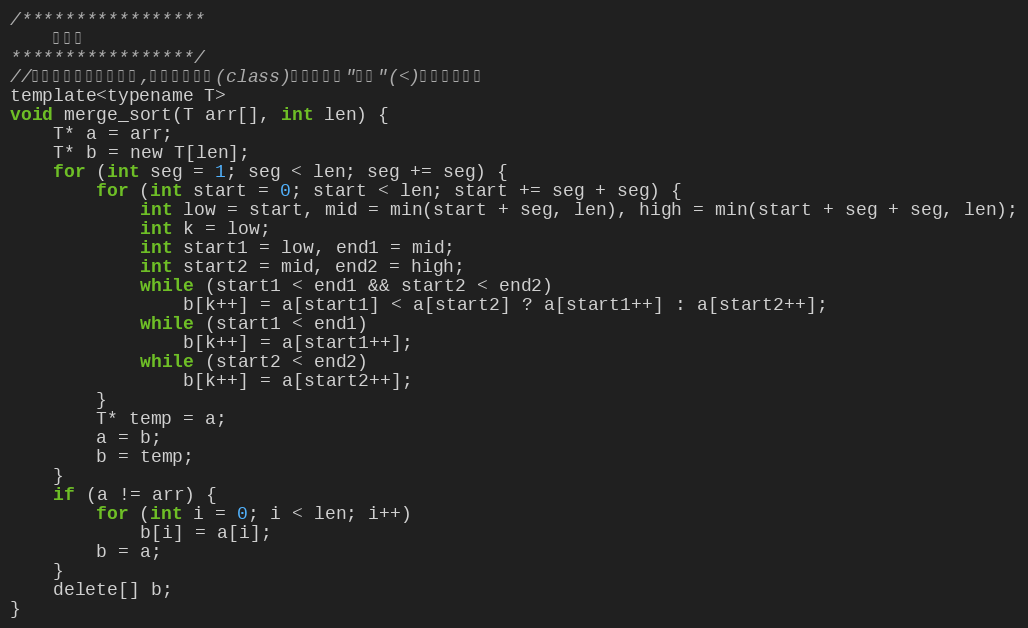
Language: C
/*****************
    迭代版
*****************/
//整數或浮點數皆可使用,若要使用物件(class)時必須設定"小於"(<)的運算子功能
template<typename T>
void merge_sort(T arr[], int len) {
	T* a = arr;
	T* b = new T[len];
	for (int seg = 1; seg < len; seg += seg) {
		for (int start = 0; start < len; start += seg + seg) {
			int low = start, mid = min(start + seg, len), high = min(start + seg + seg, len);
			int k = low;
			int start1 = low, end1 = mid;
			int start2 = mid, end2 = high;
			while (start1 < end1 && start2 < end2)
				b[k++] = a[start1] < a[start2] ? a[start1++] : a[start2++];
			while (start1 < end1)
				b[k++] = a[start1++];
			while (start2 < end2)
				b[k++] = a[start2++];
		}
		T* temp = a;
		a = b;
		b = temp;
	}
	if (a != arr) {
		for (int i = 0; i < len; i++)
			b[i] = a[i];
		b = a;
	}
	delete[] b;
}